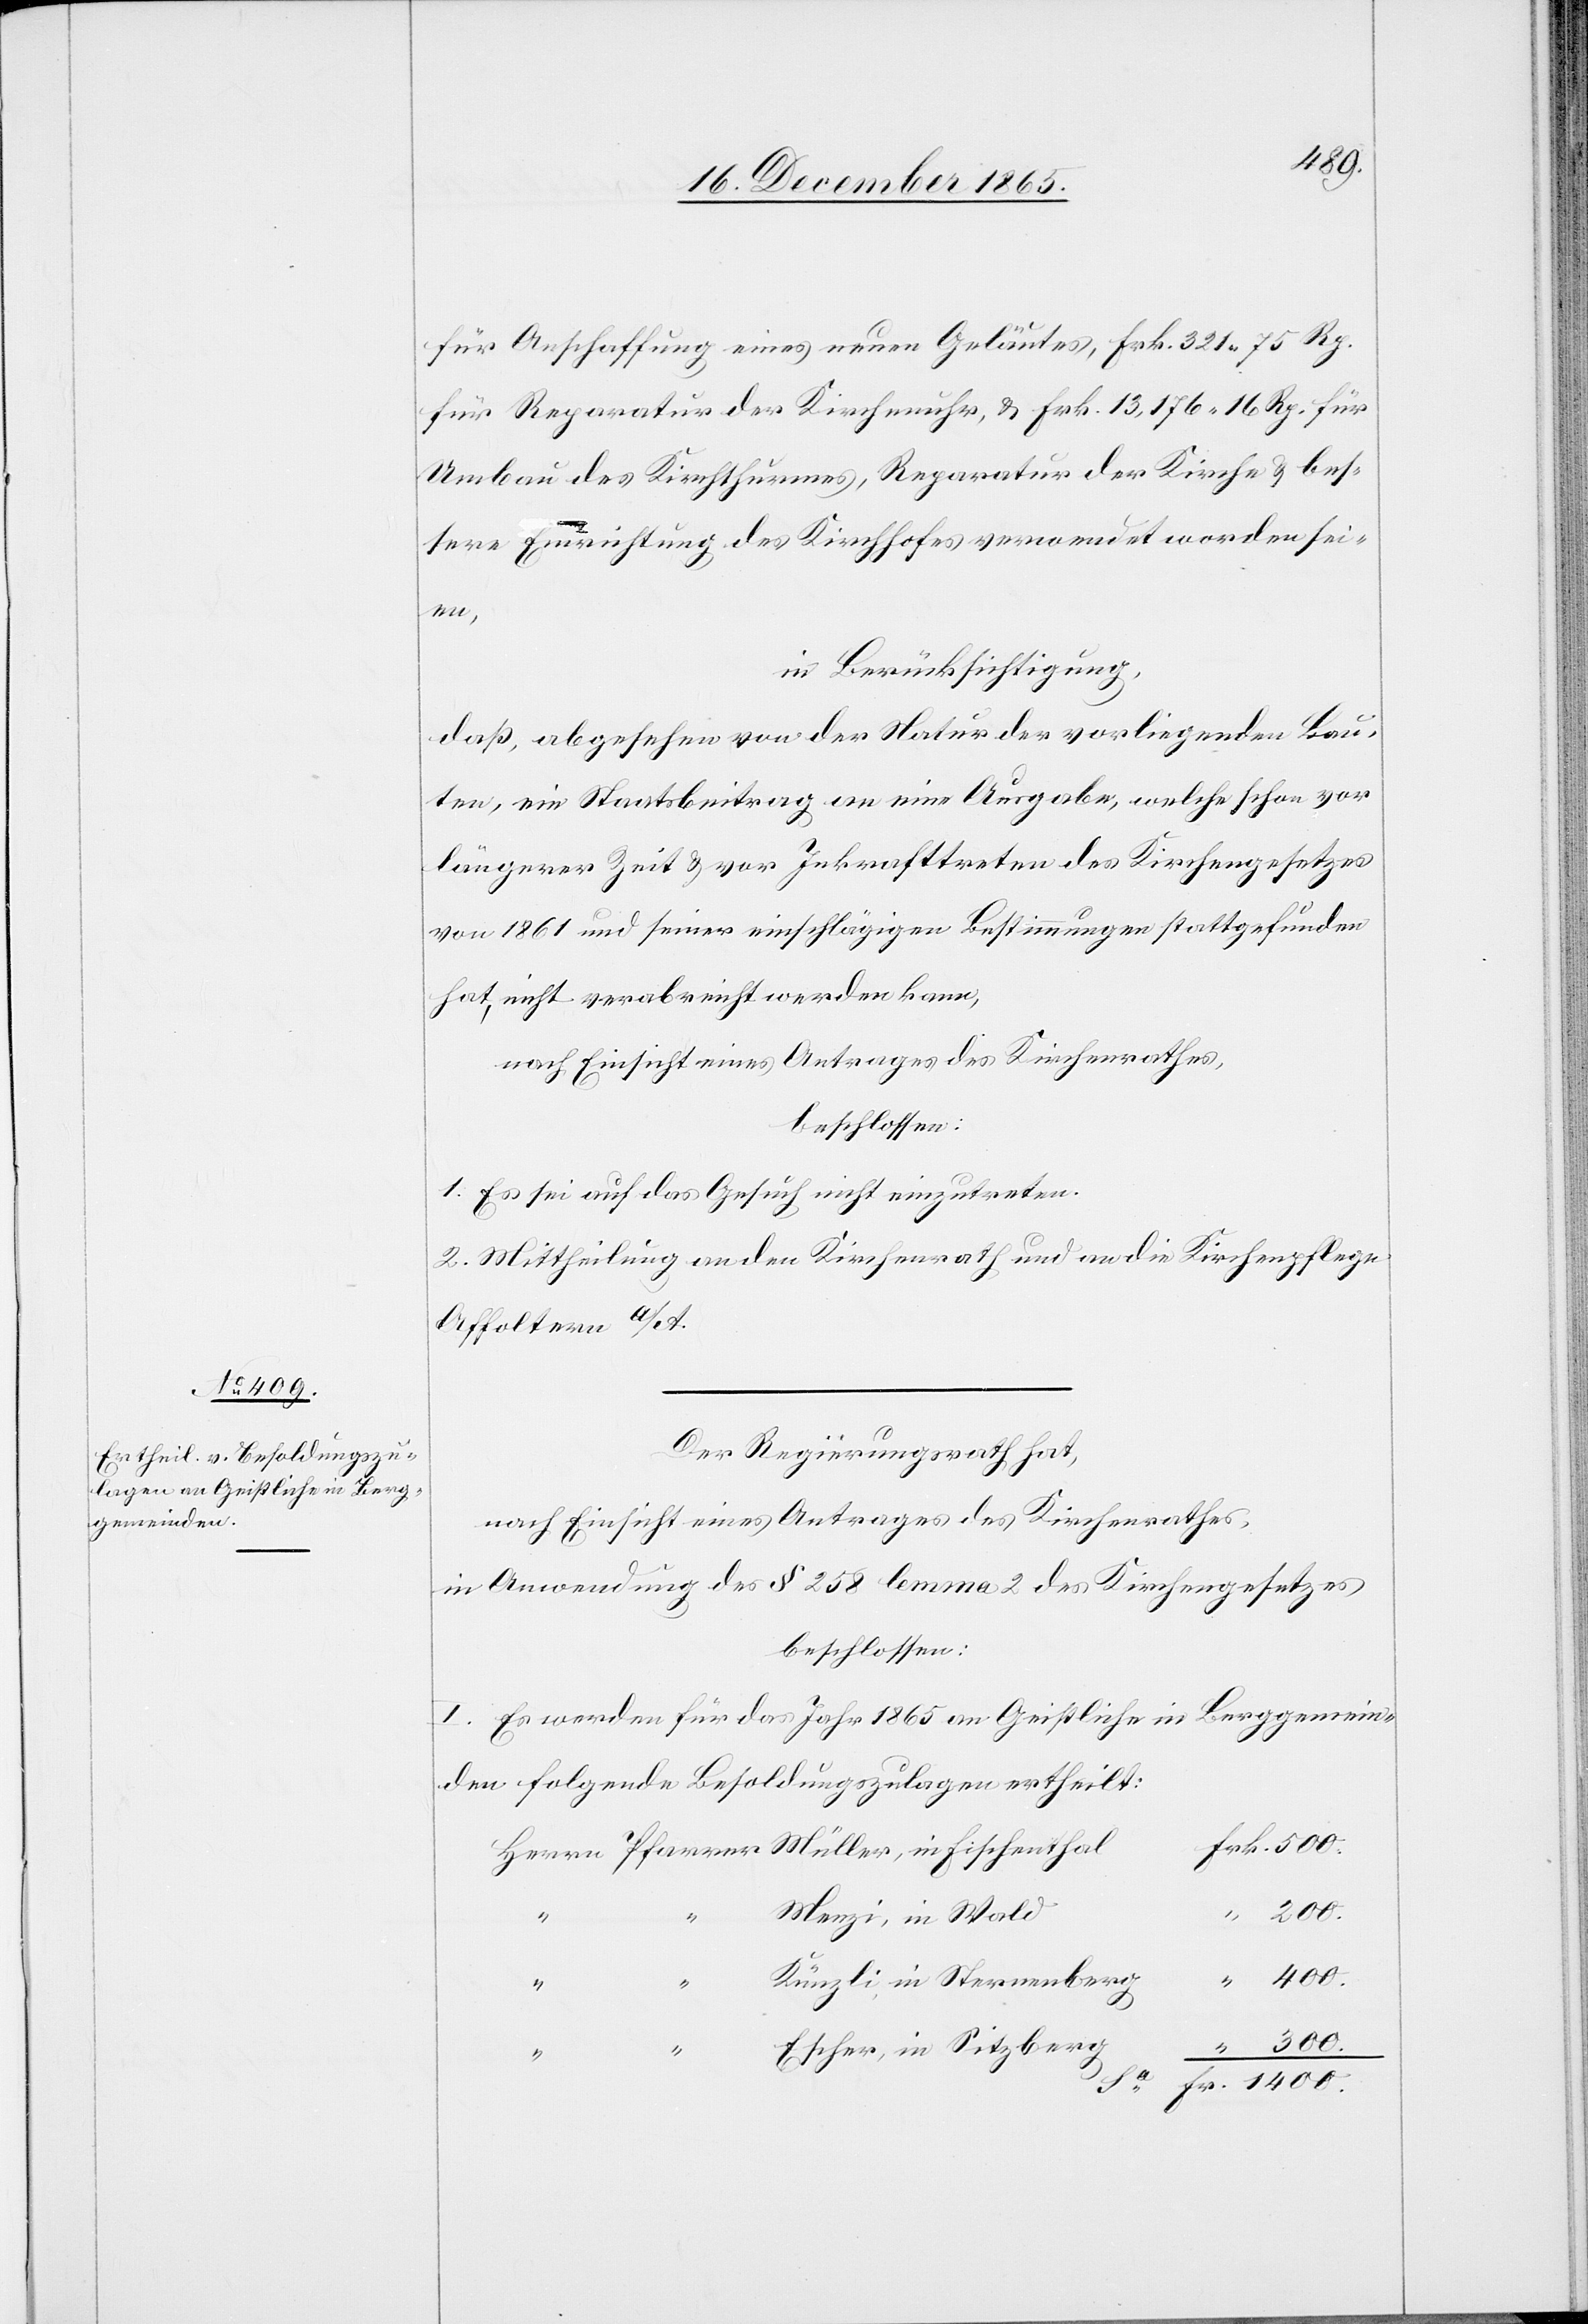
1400.
für Anschaffung eines neuen Geläutes, Frk. 321 75 Rp.
für Reparatur der Kirchenuhr, & Frk. 13,176 16 Rp. für
Umbau des Kirchthurmes, Reparatur der Kirche & bes¬
sere Einrichtung des Kirchhofes verwendet worden sei¬
Müller,
in Berücksichtigung,
daß, abgesehen von der Natur der vorliegenden Bau¬
ten, ein Staatsbeitrag an eine Ausgabe, welche schon vor
längerer Zeit & vor Inkrafttreten des Kirchengesetzes
von 1861 und seiner einschlägigen Bestimmungen stattgefunden
hat, nicht verabreicht werden kann,
nach Einsicht eines Antrages des Kirchenrathes,
beschlossen:
1. Es sei auf das Gesuch nicht einzutreten.
2. Mittheilung an den Kirchenrath und an die Kirchenpflege
Affoltern a/A.
Der Regierungsrath hat,
nach Einsicht eines Antrages des Kirchenrathes,
in Anwendung des § 258 lemma 2 des Kirchengesetztes,
beschlossen:
Berggemein¬
I. Es werden für das Jahr 1865 an Geistliche in
den folgende Besoldungszulagen ertheilt:
300.
Menzi, in Wald
Herrn
Künzli, in Sternenberg
Escher, in Sitzberg